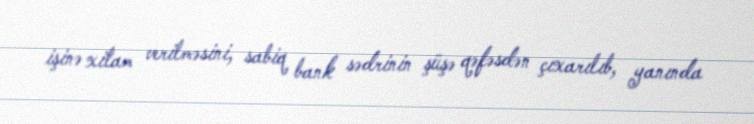
işinə xitam verilməsini, sabiq bank sədrinin şüşə qəfəsdən çıxarılıb, yanında